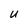
Character: U